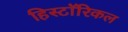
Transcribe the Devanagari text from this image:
हिस्टाॅरिकल